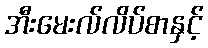
အီးမေးလ်လိပ်စာနှင့်